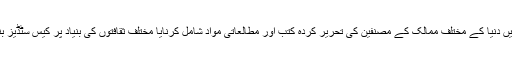
جن میں نصاب اور مضمون کے اندر بین الاقوامی اہمیت کے موضوعات شامل کرانا، نصاب میں دنیا کے مختلف ممالک کے مصنفین کی تحریر کردہ کتب اور مطالعاتی مواد شامل کرنایا مختلف ثقافتوں کی بنیاد پر کیس سٹڈیز بنا کر طلبہ کی ذہنوں کو بین الاقوامی اور عالمی تعلیمی رجحانات سے روشناس کرانا شامل ہے۔